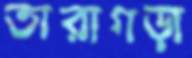
তারাগড়া